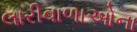
લારીવાળાઓના